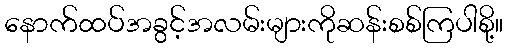
နောက်ထပ်အခွင့်အလမ်းများကိုဆန်းစစ်ကြပါစို့။